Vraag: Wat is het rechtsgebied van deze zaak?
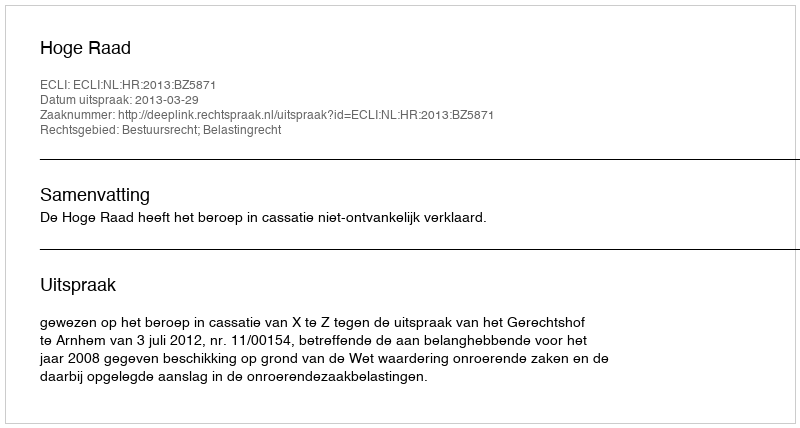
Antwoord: Bestuursrecht; Belastingrecht